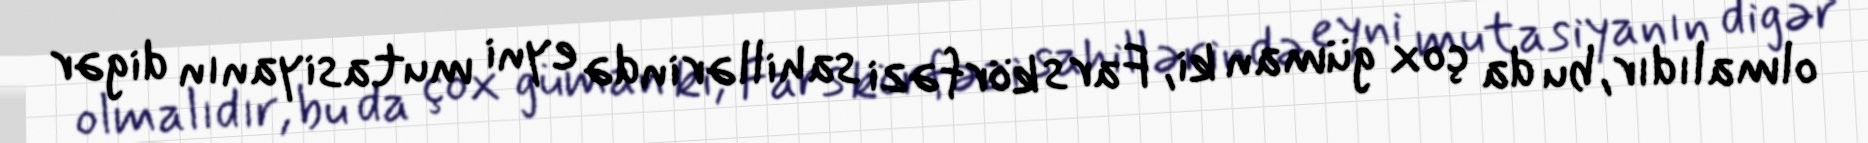
olmalıdır, bu da çox güman ki, Fars körfəzi sahillərində eyni mutasiyanın digər